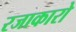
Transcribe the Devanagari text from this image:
रजाकारो